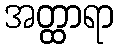
အတ္ထာရာ